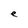
Character: e